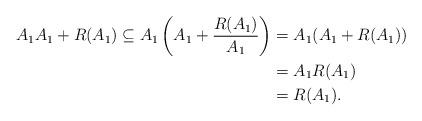
LaTeX: \begin{align*}A_1A_1+R(A_1)\subseteq A_1\left(A_1+\frac{R(A_1)}{A_1}\right)&=A_1(A_1+R(A_1))\\&=A_1R(A_1)\\&=R(A_1). \end{align*}